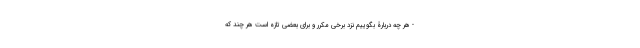
- هر چه دربارۀ بگوییم نزد برخی مکرر و برای بعضی تازه است هر چند که